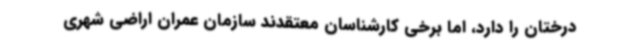
درختان را دارد، اما برخی کارشناسان معتقدند سازمان عمران اراضی شهری